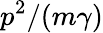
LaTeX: p^{2}/(m\gamma)